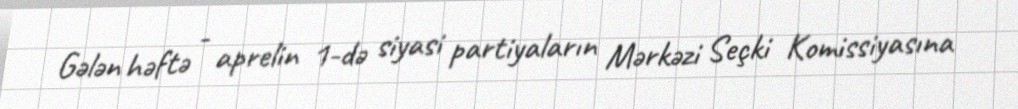
Gələn həftə - aprelin 1-də siyasi partiyaların Mərkəzi Seçki Komissiyasına